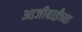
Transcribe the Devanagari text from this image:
आजीबाईंच्या